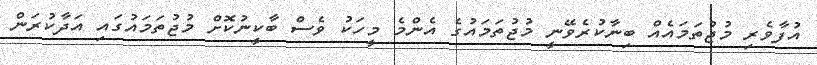
އުފާވެރި މުޖުތަމައެއް ބިނާކުރެވޭނީ މުޖުތަމައުގެ އެންމެ މީހަކު ވެސް ބާކީނުކޮށް މުޖުތަމައުގައި އަދާކުރަން